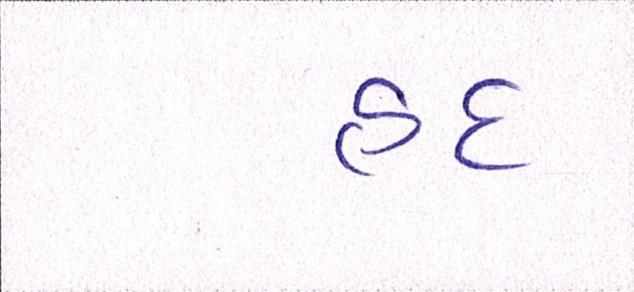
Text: હદ